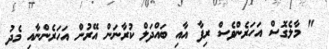
" މާލެގޮސް އަހަރެންވެސް ރިފާ އާއި ބައްދަލް ކުރާނަން އޭރުން އަހަރެންނާއި މެދު